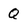
Character: Q